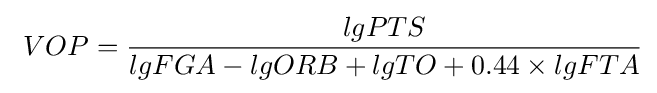
\ VOP={\frac {lgPTS}{lgFGA-lgORB+lgTO+0.44\times lgFTA}}